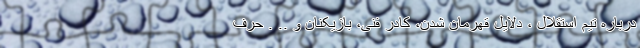
درباره تیم استقلال ، دلایل قهرمان شدن، کادر فنی، بازیکنان و .. . حرف